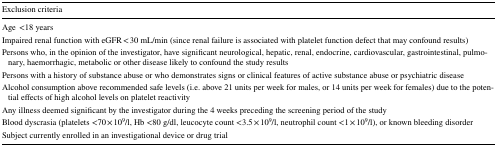
<table><thead><tr><td><b>Exclusion criteria</b></td></tr></thead><tbody><tr><td>Age&lt;18 years</td></tr><tr><td>Impaired renal function with eGFR &lt; 30 mL/min (since renal failure is associated with platelet function defect that may confound results)</td></tr><tr><td>Persons who, in the opinion of the investigator, have significant neurological, hepatic, renal, endocrine, cardiovascular, gastrointestinal, pulmonary, haemorrhagic, metabolic or other disease likely to confound the study results</td></tr><tr><td>Persons with a history of substance abuse or who demonstrates signs or clinical features of active substance abuse or psychiatric disease</td></tr><tr><td>Alcohol consumption above recommended safe levels (i.e. above 21 units per week for males, or 14 units per week for females) due to the potential effects of high alcohol levels on platelet reactivity</td></tr><tr><td>Any illness deemed significant by the investigator during the 4 weeks preceding the screening period of the study</td></tr><tr><td>Blood dyscrasia (platelets &lt;70 × 10<sup>9</sup>/l, Hb &lt;80 g/dl, leucocyte count &lt;3.5 × 10<sup>9</sup>/l, neutrophil count &lt;1 × 10<sup>9</sup>/l), or known bleeding disorder</td></tr><tr><td>Subject currently enrolled in an investigational device or drug trial</td></tr></tbody></table>